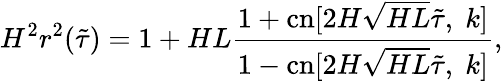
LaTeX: H^{2}r^{2}(\tilde{\tau})=1+HL\frac{1+\mathrm{cn}[2H\sqrt{HL}\tilde{\tau},\; k]}{1-\mathrm{cn}[2H\sqrt{HL}\tilde{\tau},\; k]},